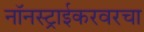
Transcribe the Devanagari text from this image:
नॉनस्ट्राईकरवरचा